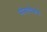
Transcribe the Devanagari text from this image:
मोसादेकने